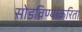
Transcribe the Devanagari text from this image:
सोडविण्याकरिता